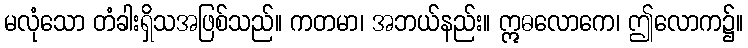
မလုံသော တံခါးရှိသအဖြစ်သည်။ ကတမာ၊ အဘယ်နည်း။ ဣဓလောကေ၊ ဤလောက၌။